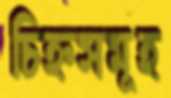
চিহ্নসমূহ